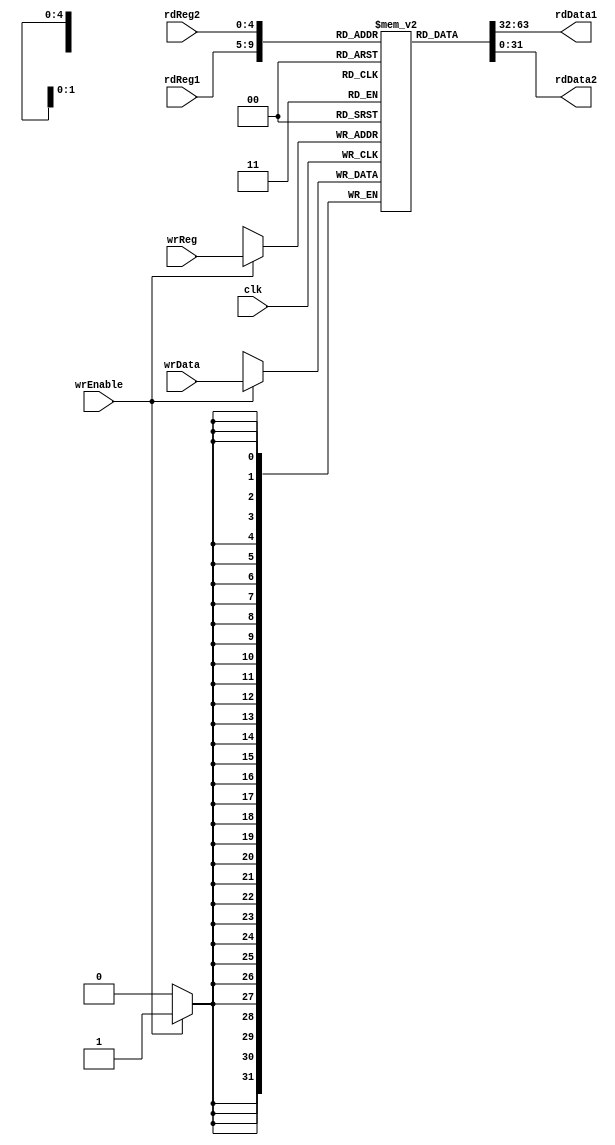
module registerFile (input wrEnable, input [4:0] wrReg, input [31:0] wrData, input [4:0] rdReg1, output [31:0] rdData1, input [4:0] rdReg2, output [31:0] rdData2, input clk);

	reg [31:0] regFile [31:0];

	assign rdData1 = regFile[rdReg1];
	assign rdData2 = regFile[rdReg2];

	always @(posedge clk) begin if (wrEnable) begin regFile[wrReg] <= wrData; end end

endmodule